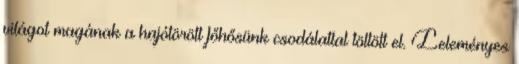
világot magának a hajótörött főhősünk csodálattal töltött el. Leleményes